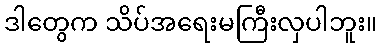
ဒါတွေက သိပ်အရေးမကြီးလှပါဘူး။